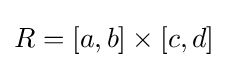
R=[a,b]\times [c,d]